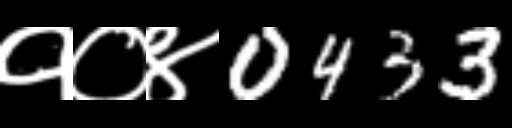
Text: १०४0433